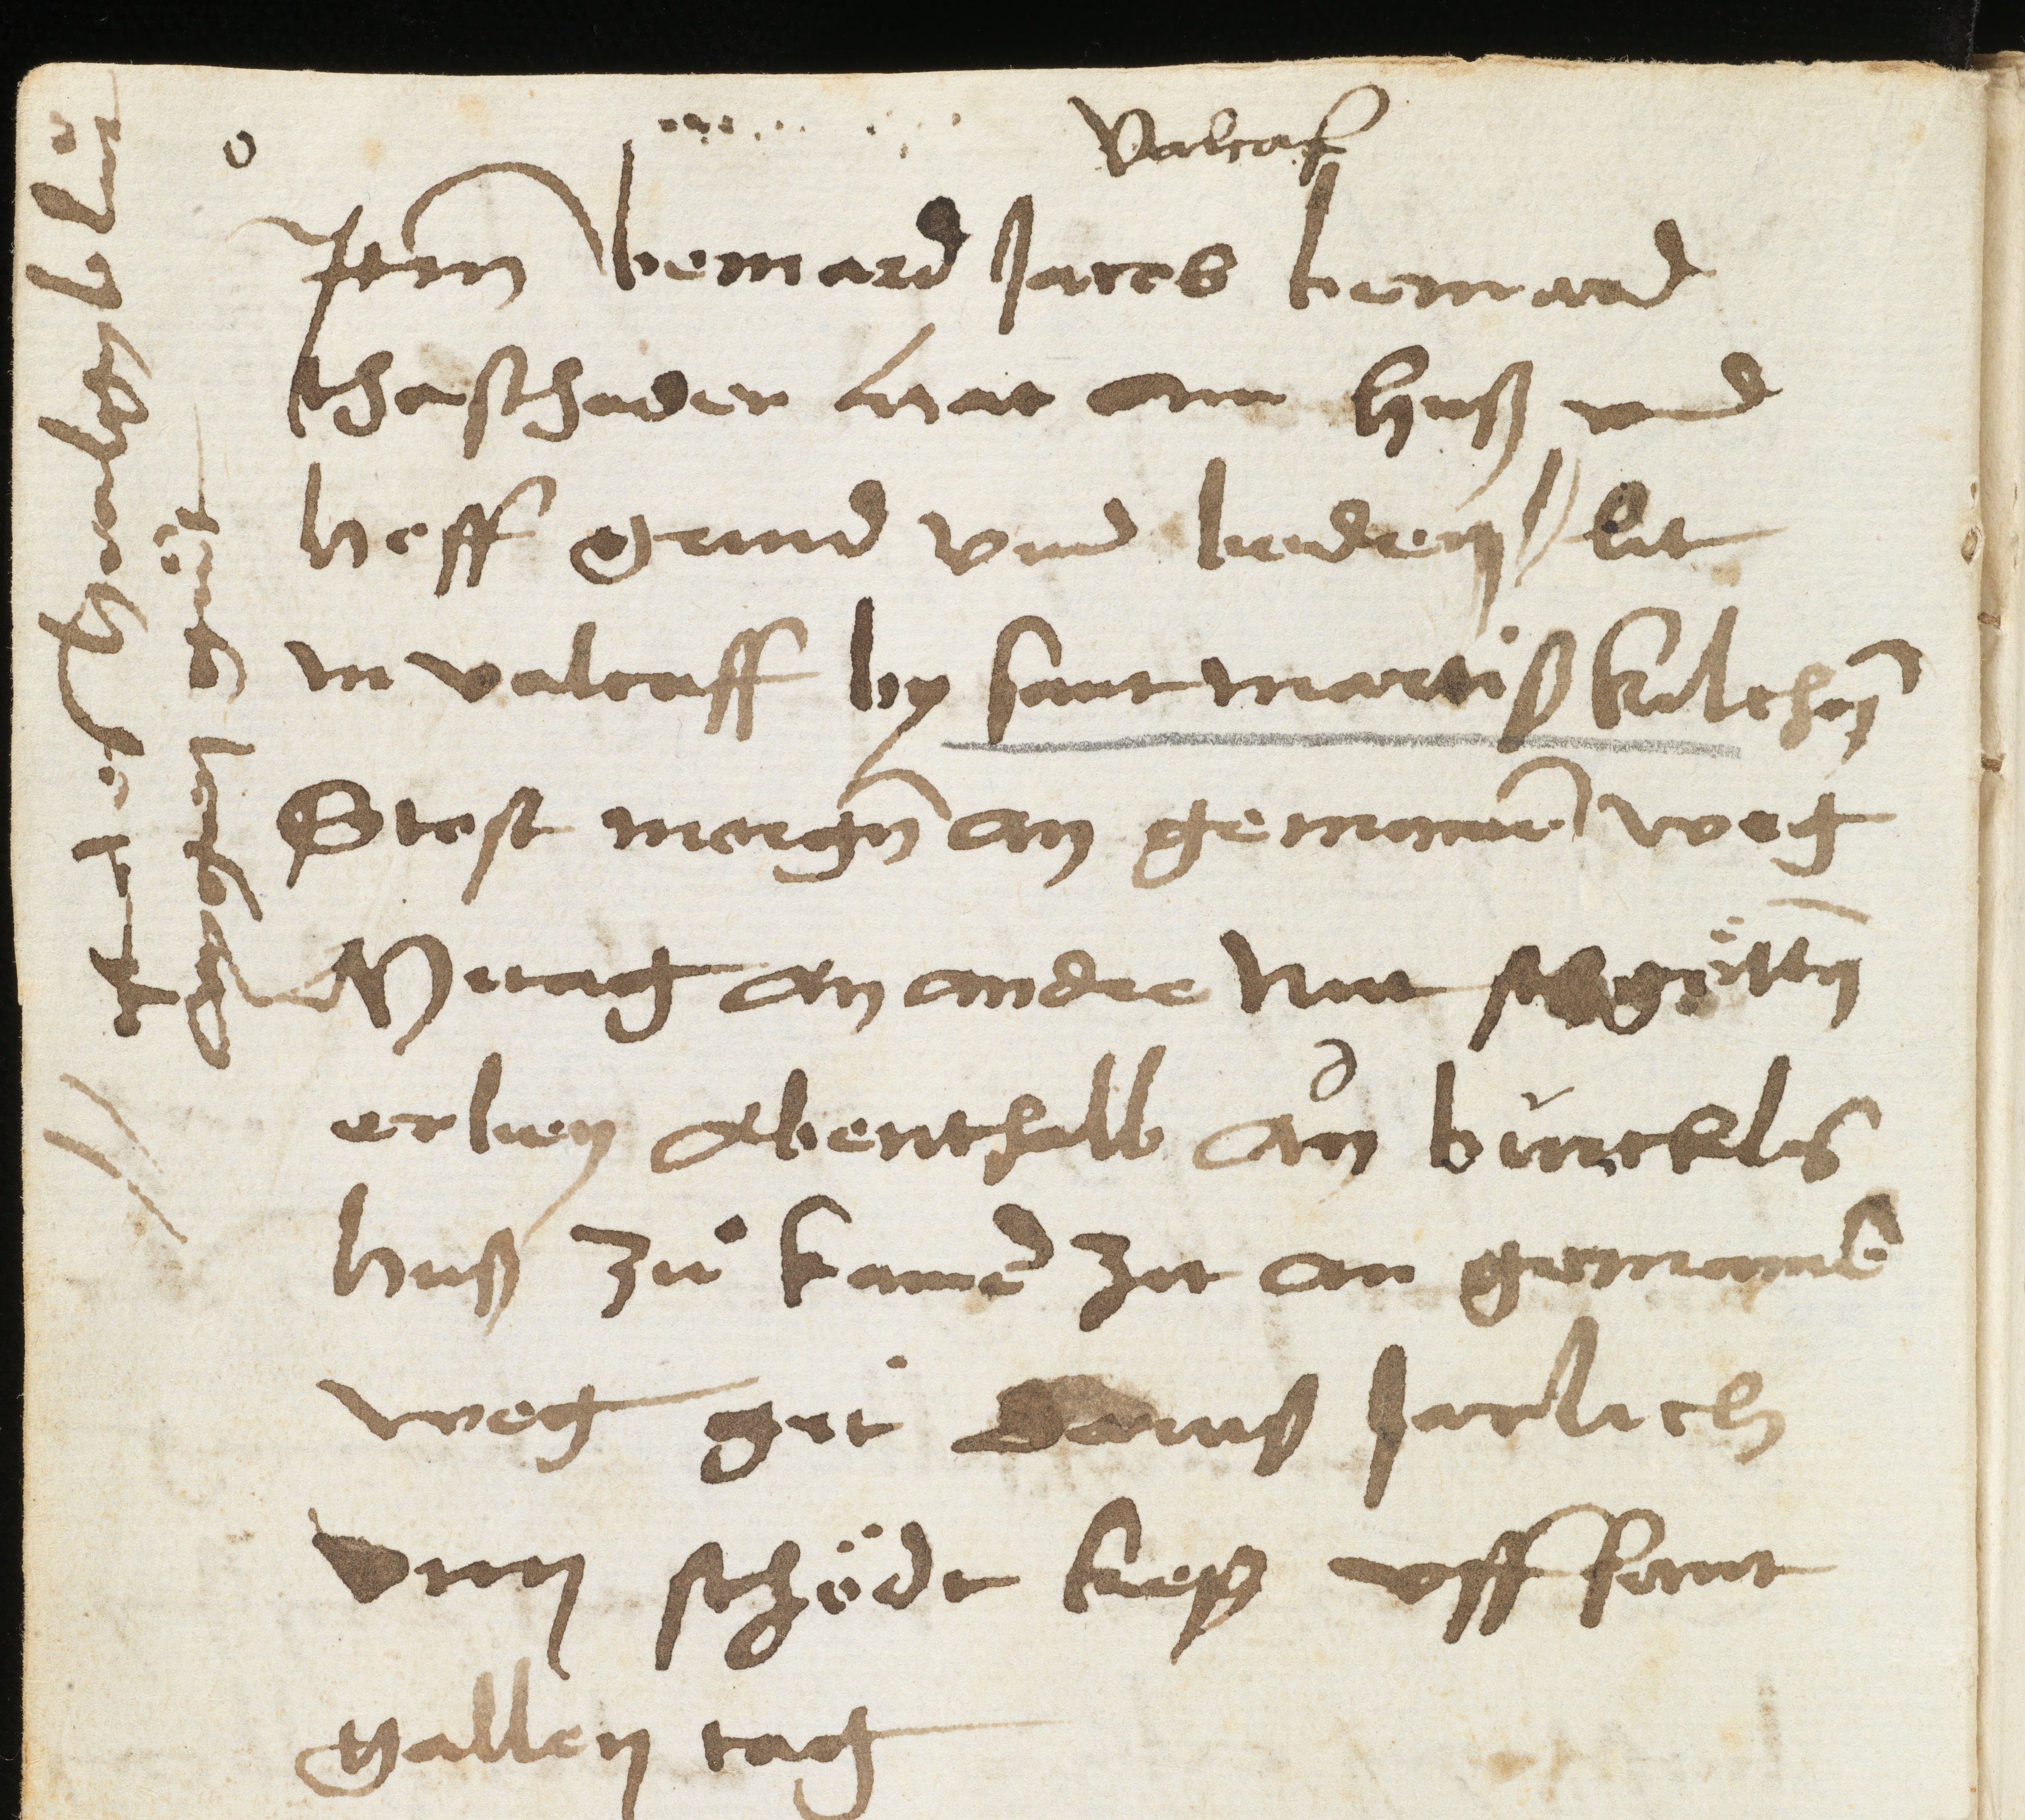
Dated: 1460–1460